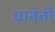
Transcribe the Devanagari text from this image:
धानेती